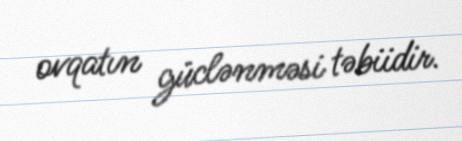
ovqatın güclənməsi təbiidir.